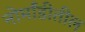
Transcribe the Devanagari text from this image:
नोर्मांडीतील